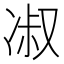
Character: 𭂑